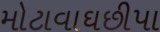
મોટાવાઘછીપા